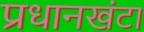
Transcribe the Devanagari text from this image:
प्रधानखंटा